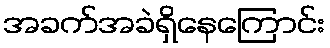
အခက်အခဲရှိနေကြောင်း